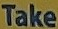
Take